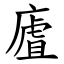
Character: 㢒